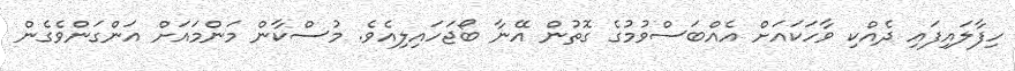
ހިފާލައިފައި ދެއްކި ވާހަކައަށް އެއްބަސްވުމުގެ ގޮތުން އޭނާ ބޯޖަހައިލިއެވެ. މުސްކާން މަންމައަށް އަންގަންވެގެން